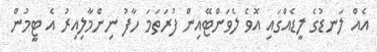
އެއް ލަނޑުގެ ލީޑެއްގައި އޮވެ ލެވަންޓޭއިން ފުރަތަމަ ހާފު ނިންމާލިއިރު އެ ޓީމުން